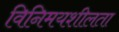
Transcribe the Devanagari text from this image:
विनिमयशीलता